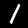
Digit: 1